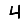
Digit: 4